Indian journal of veterinary science and animal husbandry - Volumes 18-21, 1948-1951
Year: 1948
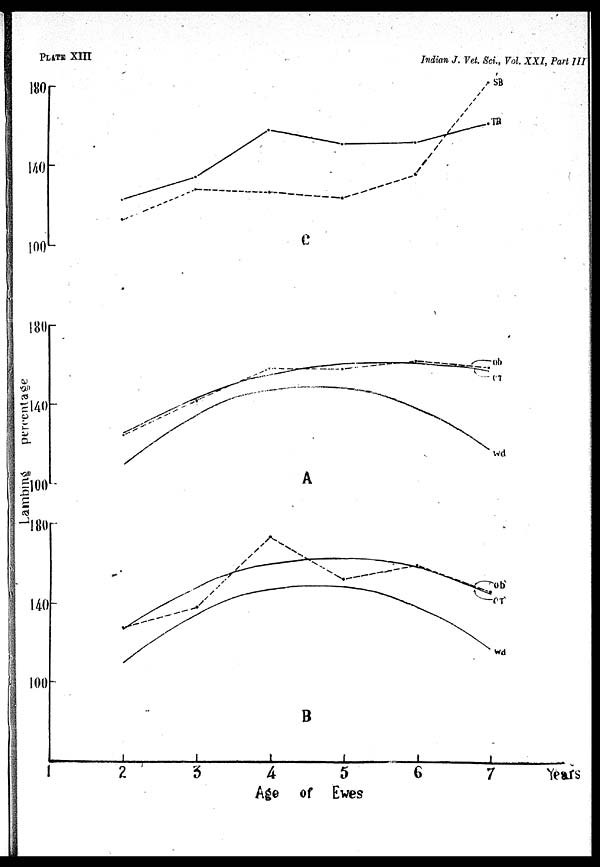
PLATE XIII
Indian J. Vet. Sci., Vol. XXI, Part III